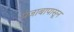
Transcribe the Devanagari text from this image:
पंजाबापासून